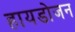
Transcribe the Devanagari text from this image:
हायडोजन